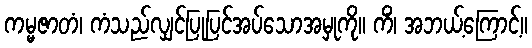
ကမ္မဇာတံ၊ ကံသည်လျှင်ပြုပြင်အပ်သောအမှုကို။ ကိံ၊ အဘယ့်ကြောင့်။